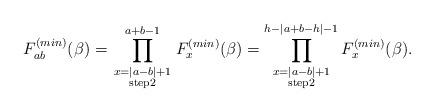
LaTeX: \begin{align*}F^{(min)}_{ab}(\beta)=\prod_{\scriptstyle x=|a-b|+1 \atop\scriptstyle {\rm step}2}^{a+b-1}F_x^{(min)}(\beta)=\prod_{\scriptstyle x=|a-b|+1 \atop\scriptstyle {\rm step}2}^{h-|a+b-h|-1}F_x^{(min)}(\beta).\end{align*}